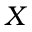
X